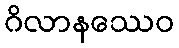
ဂိလာနဿေဝ